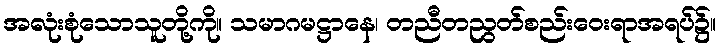
အလုံးစုံသောသူတို့ကို။ သမာဂမဋ္ဌာနေ၊ တညီတညွတ်စည်းဝေးရာအရပ်၌။